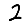
Digit: 2